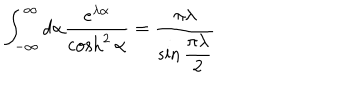
LaTeX: \int _ { - \infty } ^ { \infty } d \alpha \frac { e ^ { \lambda \alpha } } { \cosh ^ { 2 } \alpha } = \frac { \pi \lambda } { \sin \displaystyle \frac { \pi \lambda } { 2 } }